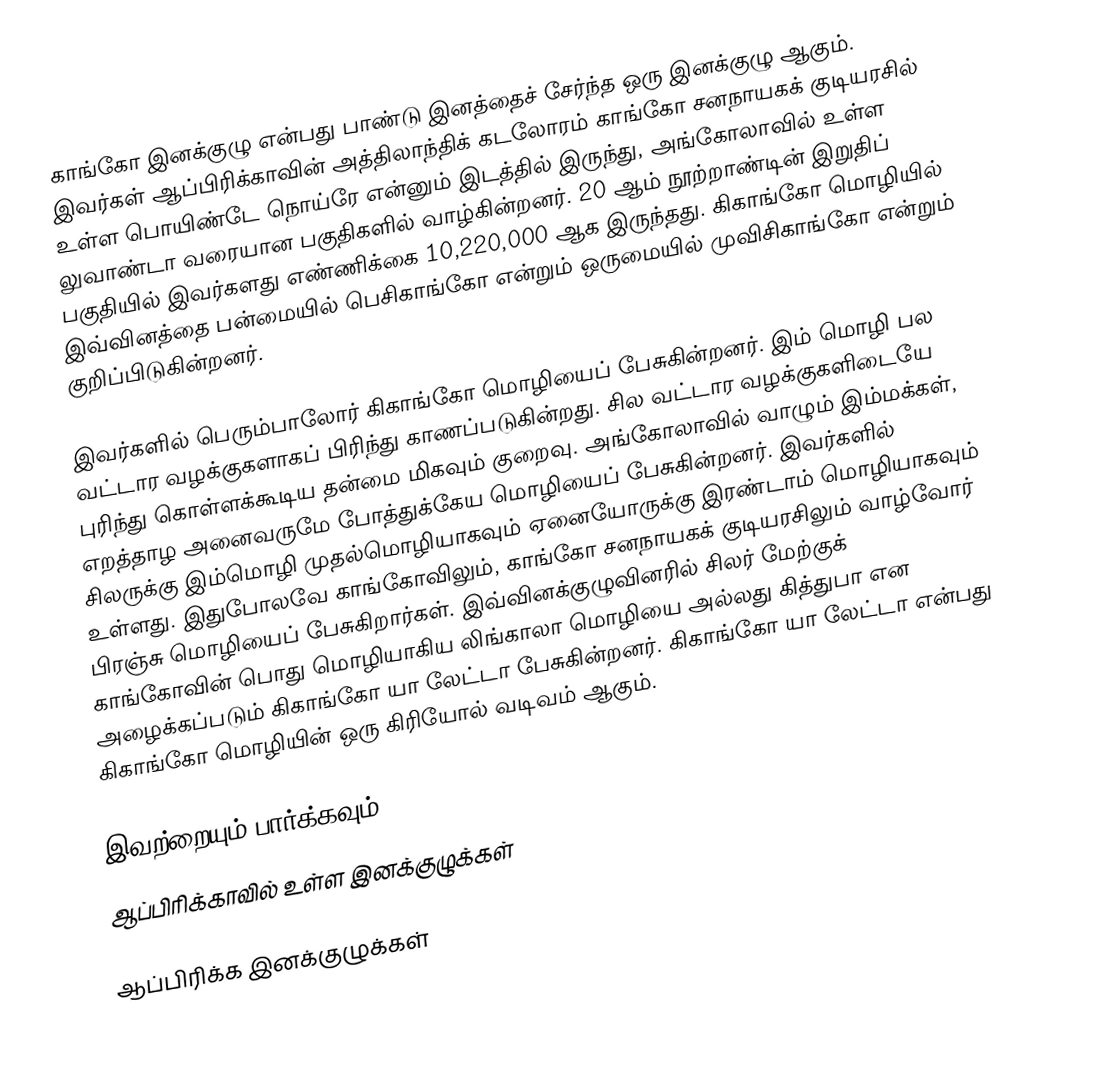
காங்கோ இனக்குழு என்பது பாண்டு இனத்தைச் சேர்ந்த ஒரு இனக்குழு ஆகும். இவர்கள் ஆப்பிரிக்காவின் அத்திலாந்திக் கடலோரம் காங்கோ சனநாயகக் குடியரசில் உள்ள பொயிண்டே நொய்ரே என்னும் இடத்தில் இருந்து, அங்கோலாவில் உள்ள லுவாண்டா வரையான பகுதிகளில் வாழ்கின்றனர். 20 ஆம் நூற்றாண்டின் இறுதிப் பகுதியில் இவர்களது எண்ணிக்கை 10,220,000 ஆக இருந்தது. கிகாங்கோ மொழியில் இவ்வினத்தை பன்மையில் பெசிகாங்கோ என்றும் ஒருமையில் முவிசிகாங்கோ என்றும் குறிப்பிடுகின்றனர்.

இவர்களில் பெரும்பாலோர் கிகாங்கோ மொழியைப் பேசுகின்றனர். இம் மொழி பல வட்டார வழக்குகளாகப் பிரிந்து காணப்படுகின்றது. சில வட்டார வழக்குகளிடையே புரிந்து கொள்ளக்கூடிய தன்மை மிகவும் குறைவு. அங்கோலாவில் வாழும் இம்மக்கள், எறத்தாழ அனைவருமே போத்துக்கேய மொழியைப் பேசுகின்றனர். இவர்களில் சிலருக்கு இம்மொழி முதல்மொழியாகவும் ஏனையோருக்கு இரண்டாம் மொழியாகவும் உள்ளது. இதுபோலவே காங்கோவிலும், காங்கோ சனநாயகக் குடியரசிலும் வாழ்வோர் பிரஞ்சு மொழியைப் பேசுகிறார்கள். இவ்வினக்குழுவினரில் சிலர் மேற்குக் காங்கோவின் பொது மொழியாகிய லிங்காலா மொழியை அல்லது கித்துபா என அழைக்கப்படும் கிகாங்கோ யா லேட்டா பேசுகின்றனர். கிகாங்கோ யா லேட்டா என்பது கிகாங்கோ மொழியின் ஒரு கிரியோல் வடிவம் ஆகும்.

இவற்றையும் பார்க்கவும்
 ஆப்பிரிக்காவில் உள்ள இனக்குழுக்கள்

ஆப்பிரிக்க இனக்குழுக்கள்